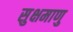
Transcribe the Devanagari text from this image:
सुक्षमाणु